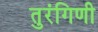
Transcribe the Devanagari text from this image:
तुरंगिणी